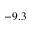
- 9 . 3